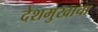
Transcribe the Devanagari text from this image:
देशमुखाचा